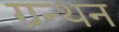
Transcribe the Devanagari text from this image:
ग्रन्थन